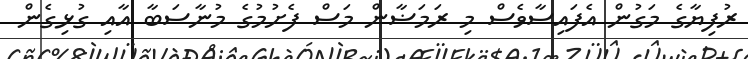
ރުފިޔާގެ މަގުން އެފައިސާވެސް މި ރަމަޟާން މަސް ފެށުމުގެ މުނާސަބާ އާއި ގުޅިގެން